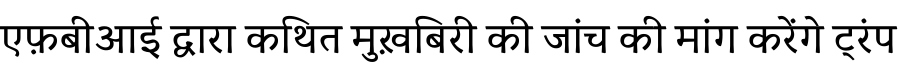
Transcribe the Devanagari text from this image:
एफ़बीआई द्वारा कथित मुख़बिरी की जांच की मांग करेंगे ट्रंप